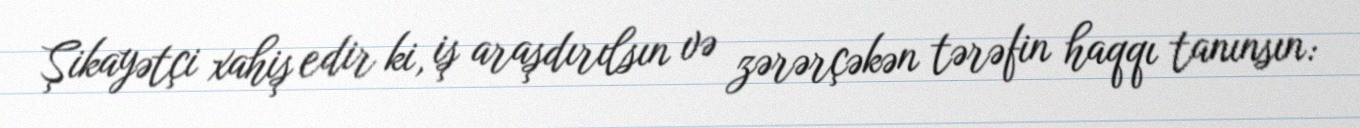
Şikayətçi xahiş edir ki, iş araşdırılsın və zərərçəkən tərəfin haqqı tanınsın: